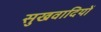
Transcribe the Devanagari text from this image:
सुखवादियों